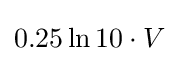
0.25\ln 10\cdot V